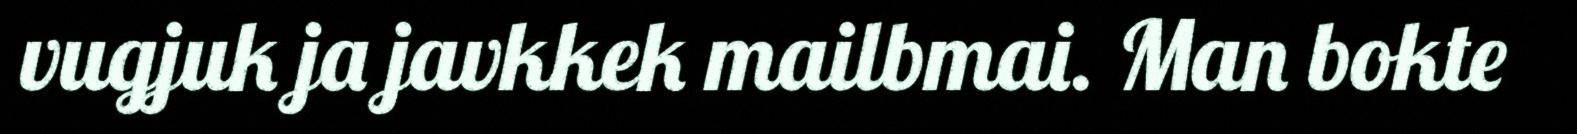
vugjuk ja javkkek mailbmai. Man bokte